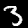
Label: 3